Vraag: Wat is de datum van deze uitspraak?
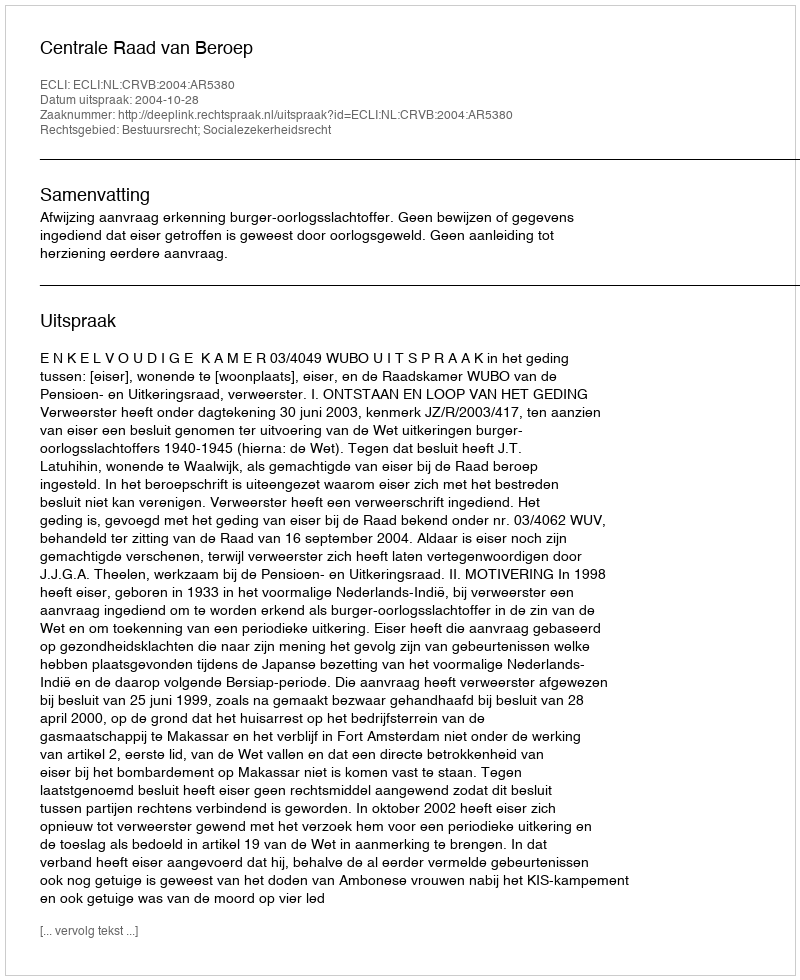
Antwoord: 2004-10-28